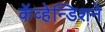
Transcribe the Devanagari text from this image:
कॅव्हेन्डिशने